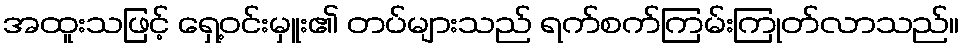
အထူးသဖြင့် ရှေ့ဝင်းမှူး၏ တပ်များသည် ရက်စက်ကြမ်းကြုတ်လာသည်။